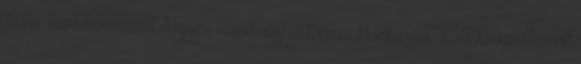
1876-ban létrehívott vegyes bizottság a Duna Budapest alatti főmedrének